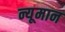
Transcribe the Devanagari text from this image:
न्यूमान